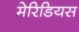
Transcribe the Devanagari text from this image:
मेरिडियस